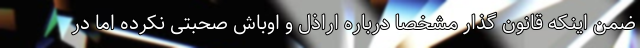
ضمن اینکه قانون گذار مشخصا درباره اراذل و اوباش صحبتی نکرده اما در